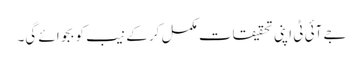
جے آئی ٹی اپنی تحقیقات مکمل کر کے نیب کو بجوائے گی۔